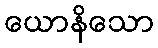
ယောနိသော